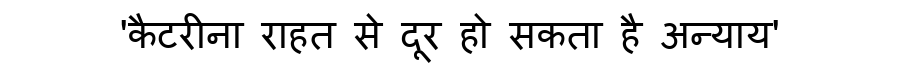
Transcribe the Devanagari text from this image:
'कैटरीना राहत से दूर हो सकता है अन्याय'